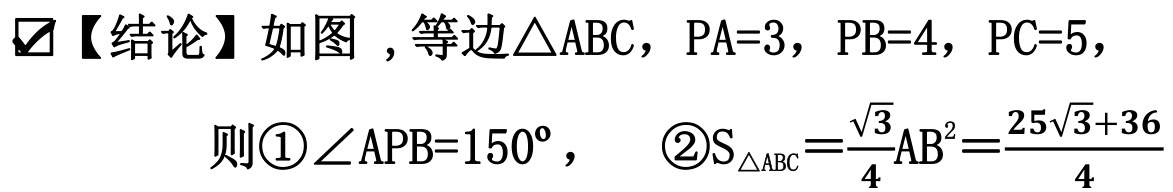
✔【结论】如图 , 等边\(\triangle ABC\)，\(PA = 3\)，\(PB = 4\)，\(PC = 5\)，
则\textcircled{1}\(\angle APB = 150^{\circ}\)， \textcircled{2}\(S_{\triangle ABC}=\frac{\sqrt{3}}{4}AB^{2}=\frac{25\sqrt{3}+36}{4}\)